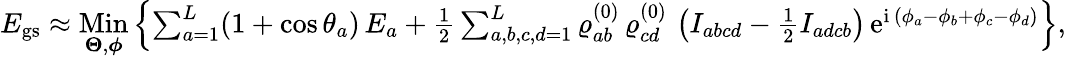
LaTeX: \begin{array}{r}{E_{\mathrm{gs}}\approx\underset{\boldsymbol{\Theta},\boldsymbol{\phi}}{\mathrm{Min}}\left\{ \sum_{a=1}^{L}(1+\cos\theta_{a})\, E_{a}+\frac{1}{2}\sum_{a,b,c,d=1}^{L}\varrho_{ab}^{(0)}\, \varrho_{cd}^{(0)}\, \left(I_{abcd}-\frac{1}{2}I_{adcb}\right)\, \mathrm{e}^{\mathrm{i}\, (\phi_{a}-\phi_{b}+\phi_{c}-\phi_{d})}\right\} ,}\end{array}